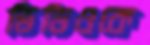
ভিডিওকে